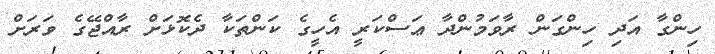
ހިންގާ އަދި ހިންގަން ރާވަމުންދާ ޢަސްކަރީ އެހީގެ ކަންތަކާ ދެކޮޅަށް ރާއްޖޭގެ ވަރަށް